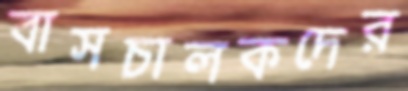
বাসচালকদের